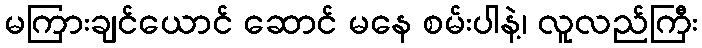
မကြားချင်ယောင် ဆောင် မနေ စမ်းပါနဲ့၊ လူလည်ကြီး